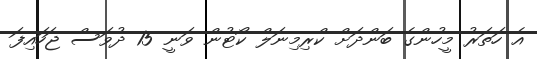
އެ ހަތަރު މީހުންގެ ބަންދަށް ކްރިމިނަލް ކޯޓުން ވަނީ 15 ދުވަސް ޖަހައިފަ